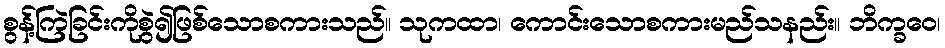
စွန့်ကြဲခြင်းကိုစွဲ၍ဖြစ်သောစကားသည်။ သုကထာ၊ ကောင်းသောစကားမည်သနည်း။ ဘိက္ခဝေ၊